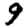
Digit: 9